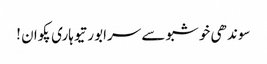
سوندھی خوشبو سے سرابور تیوہاری پکوان !